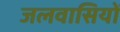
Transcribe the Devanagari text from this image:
जलवासियों